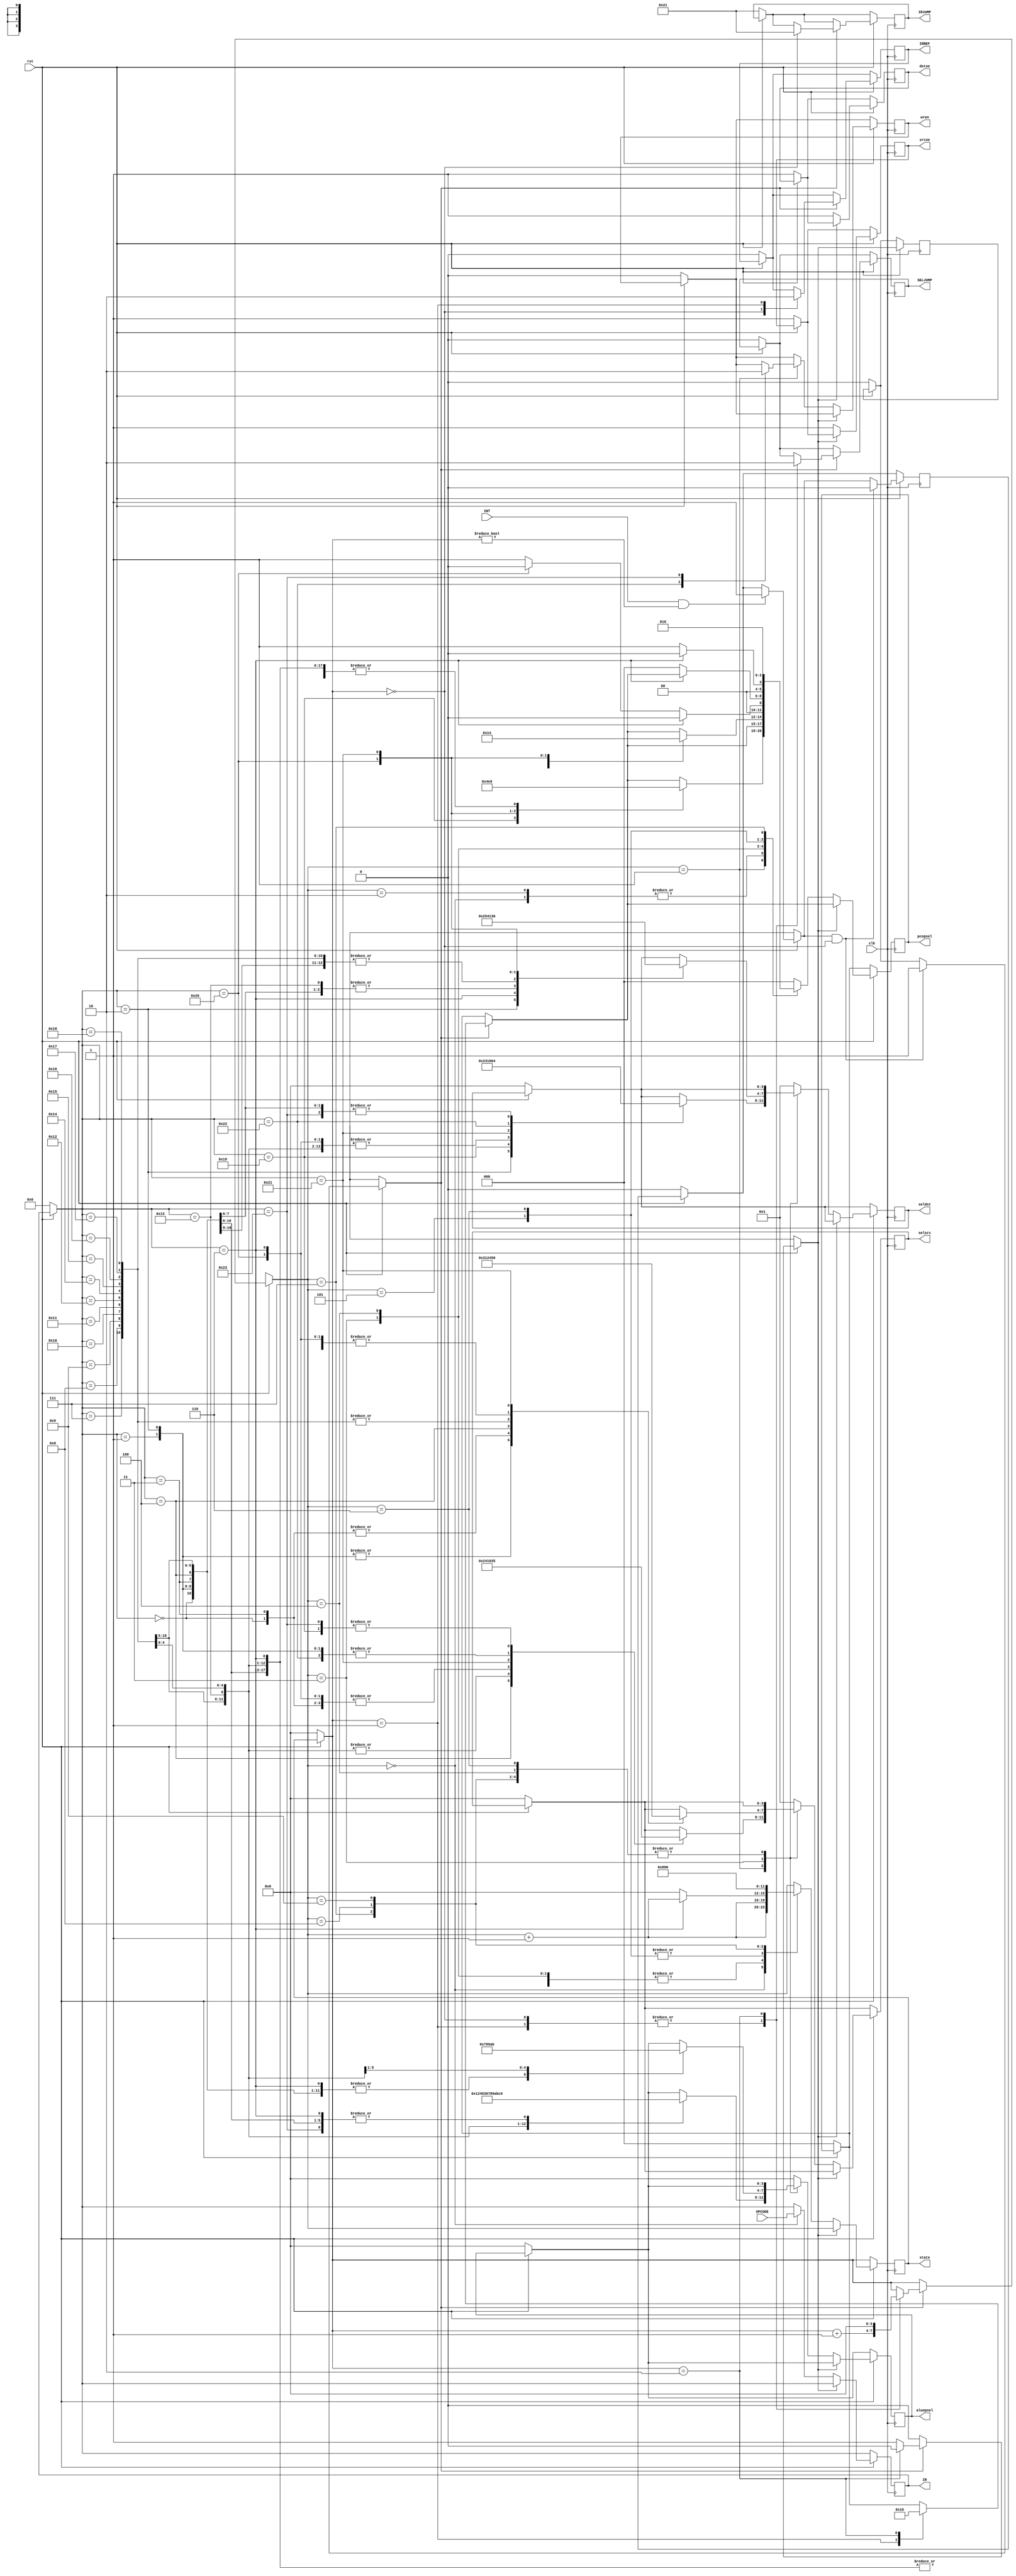
`timescale 1ns / 1ps
//////////////////////////////////////////////////////////////////////////////////
// Company: 
// Engineer: 
// 
// Design Name: 
// Module Name: IRDECODER
// Project Name: 
// Target Devices: 
// Tool Versions: 
// Description: 
// 
// Dependencies: 
// 
// Revision:
// Revision 0.01 - File Created
// Additional Comments:
// 
//////////////////////////////////////////////////////////////////////////////////


module IRDECODER(
    input wire INT,
    input wire [7:0] OPCODE,
    output reg [7:0] IRJUMP,
    output reg IRREF,
    output reg SELJUMP,
    output reg [3:0] aluopsel,
    output reg [2:0] pcopsel,
    output reg [3:0] seldst,
    output reg [3:0] selsrc,
    output reg [3:0] state,
    output reg [7:0] IR,
    output reg dstoe,
    output reg srcoe,
    output reg wren,
    input wire clk,
    input wire rst
    );

reg statex;
reg prima;


initial
begin
prima=1'b0;
state=4'h0;
IR=1'h0;
dstoe=1'b1;
srcoe=1'b1;
seldst=4'h0; 
selsrc=4'h0; 
aluopsel=4'h0; 
pcopsel=3'h0;
IRREF=1'b0;  // Stack Refresh
SELJUMP=1'b0; //MAR Selected
IRJUMP=8'd33; // Jump vector For Interrupt
statex=1'b0;
end

    
always@(posedge clk)
begin
    if(!rst) begin
             state=4'h0;
             prima=1'b0;
             IR=1'h0;
             dstoe=1'b1;
             srcoe=1'b1;
             seldst=4'h0; 
             selsrc=4'h0; 
             aluopsel=4'h0; 
             pcopsel=3'h0;
             statex=1'b0;
             IRREF=1'b0;  // Stack Refresh
             SELJUMP=1'b0; //MAR Selected
             IRJUMP=8'd33; // Jump vector For Interrupt
             wren =0;
             end 
    if(rst) begin
                 if(INT==1'b1 & state!=4'h0) begin
                         prima=1'b1;
                         end
                 if(prima==1'b1 & state==4'h0)
                    begin
                    prima=1'b0; // reset prima value
                    statex=1'b1; // primes interrupt routine to start
                    end
                 if(statex)
                 begin
                 case(state)
                 3'h0: begin
                       IRJUMP=8'd33; // Jump vector For Interrupt
                       IRREF=1'b1;  // Stack Obtain data
                       SELJUMP=1'b1; //IRJMP Selected
                       state=state+1;
                       end
                 3'h1: begin
                       IRREF=1'b0;  // Stack Refresh
                       SELJUMP=1'b1; //IRJUMP Selected
                       pcopsel=3'h2; // Load data from IRJMP to PC
                       state=state+1;
                       end
                 3'h2: begin
                       SELJUMP=1'b0; //IRJUMP Selected
                       pcopsel=3'h0; // PC Refresh
                       state=4'h0;  // Reset State
                       statex=1'b0; // Ends ISR Vector
                       end                       
                endcase
                end
                if(!statex)
                begin
                    dstoe=1'b1;
                    srcoe=1'b1;
                    case(state)
                    4'h0: begin
                          IR=OPCODE; // FETCH
                          state=state+1;
                          end
                    4'h1: begin
                          case(IR)   //DECODE PH1
                          8'h00: begin
                                 seldst=4'h1; 
                                 selsrc=4'h1; 
                                 aluopsel=4'h0; 
                                 pcopsel=3'h0; //NOP
                                 end
                          8'h01: begin
                                 seldst=4'h1; 
                                 selsrc=4'h3; 
                                 aluopsel=4'h0;   // Load A Value
                                 pcopsel=3'h0; // PC
                                 end 
                          8'h02: begin
                                 seldst=4'h2; 
                                 selsrc=4'h3;  
                                 aluopsel=4'h0; // LOAD B Value
                                 pcopsel=3'h0; // 
                                 end 
                          8'h03: begin
                                 seldst=4'h4; 
                                 selsrc=4'h1; 
                                 aluopsel=4'h0; 
                                 pcopsel=3'h0; // OUTA
                                 end  
                          8'h04: begin
                                 seldst=4'h4; 
                                 selsrc=4'h2; 
                                 aluopsel=4'h0; 
                                 pcopsel=3'h0; //OUTB
                                 end 
                          8'h06: begin // ?
                                 seldst=4'h1; 
                                 selsrc=4'h1; 
                                 aluopsel=4'h0; 
                                 pcopsel=3'h0; 
                                 end
                          8'h07: begin
                                 seldst=4'h1; 
                                 selsrc=4'h4; 
                                 aluopsel=4'h1; 
                                 pcopsel=3'h0; // ADDAB
                                 end
                          8'h08: begin // SUBAB
                                 seldst=4'h1; 
                                 selsrc=4'h4; 
                                 aluopsel=4'h2; 
                                 pcopsel=3'h0;
                                 end
                          8'h09: begin // ANDAB
                                 seldst=4'h1; 
                                 selsrc=4'h4; 
                                 aluopsel=4'h4; 
                                 pcopsel=3'h0;
                                 end
                          8'h10: begin // ORLAB
                                 seldst=4'h1; 
                                 selsrc=4'h4; 
                                 aluopsel=4'h5; 
                                 pcopsel=3'h0;
                                 end
                          8'h11: begin // NOTA
                                 seldst=4'h1; 
                                 selsrc=4'h4; 
                                 aluopsel=4'h3; 
                                 pcopsel=3'h0;
                                 end
                          8'h12: begin // XORAB
                                 seldst=4'h1; 
                                 selsrc=4'h4; 
                                 aluopsel=4'h6; 
                                 pcopsel=3'h0;
                                 end
                          8'h13: begin // ADDAL
                                 seldst=4'h1; 
                                 selsrc=4'h4; 
                                 aluopsel=4'h7; // 7 for add
                                 pcopsel=3'h0;
                                 end
                          8'h14: begin // SUBAL
                                 seldst=4'h1; 
                                 selsrc=4'h4; 
                                 aluopsel=4'h8; // 8 for sub
                                 pcopsel=3'h0;
                                 end
                          8'h15: begin // NOTL
                                 seldst=4'h1; 
                                 selsrc=4'h4; 
                                 aluopsel=4'h9; // 9 for not
                                 pcopsel=3'h0;
                                 end
                          8'h16: begin // ANDAL
                                 seldst=4'h1; 
                                 selsrc=4'h4; 
                                 aluopsel=4'hA; // A for and
                                 pcopsel=3'h0;
                                 end 
                          8'h17: begin // ORAL
                                 seldst=4'h1; 
                                 selsrc=4'h4; 
                                 aluopsel=4'hB; // B for OR
                                 pcopsel=3'h0;
                                 end
                          8'h18: begin // XORAL
                                 seldst=4'h1; 
                                 selsrc=4'h4; 
                                 aluopsel=4'hC; // C for XOR
                                 pcopsel=3'h0;
                                 end
                          8'h19: begin  // JMP
                                 seldst=4'h3; 
                                 selsrc=4'h5; 
                                 pcopsel=3'h2;
                                 end
                          8'h20: begin  // CALL
                                 seldst=4'h1; 
                                 selsrc=4'h1; 
                                 pcopsel=3'h3; // store pc to stack
                                 end 
                          8'h21: begin // RETURN
                                 seldst=4'h0; 
                                 selsrc=4'h0; 
                                 pcopsel=3'h4;
                                 end 
                          8'h22: begin //      LOAD TO RAM
                                 seldst=4'h6; 
                                 selsrc=4'h3; 
                                 pcopsel=3'h0;
                                 wren = 1;
                                 end   
                          8'h23: begin //      READ FROM RAM
                                 seldst=4'h4; 
                                 selsrc=4'h5; 
                                 pcopsel=3'h0;
                                 aluopsel=4'h0;
                                 wren = 0;
                                 end                    
                          endcase
                            state=state+8'h01;
                          end
                     4'h2: begin
                            state=state+8'h01;
                           end
                     4'h3: begin
                          case(IR) // EXECUTE PH2
                          8'h00: begin
                                 seldst=4'h1; 
                                 selsrc=4'h1; 
                                 aluopsel=4'h0; 
                                 pcopsel=3'h0;
                                end
                          8'h01: begin
                                 seldst=4'h1; 
                                 selsrc=4'h3; 
                                 aluopsel=4'h0; 
                                 pcopsel=3'h0; // A<-INR
                                 end
                          8'h02: begin
                                 seldst=4'h2; 
                                 selsrc=4'h3; 
                                 aluopsel=4'h0; 
                                 pcopsel=3'h0; // B<-INR
                                 end
                          8'h03: begin
                                 seldst=4'h4; 
                                 selsrc=4'h1; 
                                 aluopsel=4'h0; 
                                 pcopsel=3'h0; // OUTA
                                 end  
                          8'h04: begin
                                 seldst=4'h4; 
                                 selsrc=4'h2; 
                                 aluopsel=4'h0; 
                                 pcopsel=3'h0; //OUTB
                                 end 
                          8'h06: begin
                                 seldst=4'h5; 
                                 selsrc=4'h5; 
                                 aluopsel=4'h0; 
                                 pcopsel=3'h0; // MAR<-MBR
                                 end
                          8'h07: begin
                                 seldst=4'h1;
                                 selsrc=4'h4; 
                                 aluopsel=4'h0;  // previously 1 // load ALU only
                                 pcopsel=3'h0; // ADDAB
                                 end
                          8'h08: begin         // SUBAB
                                 seldst=4'h1;  
                                 selsrc=4'h4;  
                                 aluopsel=4'h0;
                                 pcopsel=3'h0; 
                                 end           
                          8'h09: begin         
                                 seldst=4'h1;  
                                 selsrc=4'h4;  
                                 aluopsel=4'h0;
                                 pcopsel=3'h0; 
                                 end           // ANDAB                       
                          8'h10: begin         
                                 seldst=4'h1;  
                                 selsrc=4'h4;  
                                 aluopsel=4'h0;
                                 pcopsel=3'h0; 
                                 end           // ORLAB
                          8'h11: begin         
                                 seldst=4'h1;  
                                 selsrc=4'h4;  
                                 aluopsel=4'h0;
                                 pcopsel=3'h0; 
                                 end           // NOTA
                          8'h12: begin         // XORAB
                                 seldst=4'h1;  
                                 selsrc=4'h4;  
                                 aluopsel=4'h0;
                                 pcopsel=3'h0; 
                                 end
                          8'h13: begin // ADDAL
                                 seldst=4'h4; 
                                 selsrc=4'h5; 
                                 aluopsel=4'h7; // 7 for add
                                 pcopsel=3'h0;
                                 end
                          8'h14: begin // SUBAL
                                 seldst=4'h1; 
                                 selsrc=4'h4; 
                                 aluopsel=4'h8; // 8 for sub
                                 pcopsel=3'h0;
                                 end
                          8'h15: begin // NOTL
                                 seldst=4'h1; 
                                 selsrc=4'h4; 
                                 aluopsel=4'h9; // 9 for not
                                 pcopsel=3'h0;
                                 end
                          8'h16: begin // ANDAL
                                 seldst=4'h1; 
                                 selsrc=4'h4; 
                                 aluopsel=4'hA; // A for and
                                 pcopsel=3'h0;
                                 end 
                          8'h17: begin // ORAL
                                 seldst=4'h1; 
                                 selsrc=4'h4; 
                                 aluopsel=4'hB; // B for OR
                                 pcopsel=3'h0;
                                 end
                          8'h18: begin // XORAL
                                 seldst=4'h1; 
                                 selsrc=4'h4; 
                                 pcopsel=3'h0;
                                 end  
                          8'h20: begin  // CALL
                                 seldst=4'h3; // store literal to PC (JMP)
                                 selsrc=4'h5; 
                                 pcopsel=3'h2; // load PC
                                 end                                  
                          8'h21: begin // RETURN
                                 seldst=4'h0; 
                                 selsrc=4'h0; 
                                 pcopsel=3'h4;
                                 end                            
                          endcase                  
                          state=state+8'h01;
                          end     
                     4'h4: if(IR==8'h06) begin
                                             pcopsel=3'h0;
                                             state=state+8'h01;
                                          end
                            else
                                  begin
                                       if (IR==8'h20) begin
                                             pcopsel=3'h0; 
                                           state=state+8'h01;
                                       end
                                       else begin
                                           pcopsel=3'h1;
                                           state=state+8'h01;
                                       end
                                       
                                       
                                  end
                     4'h5: begin
                            if(IR==8'h06) begin 
                                         state=state+1;
                                         end// PC<-MAR
                            else
                                begin                         
                                    pcopsel=3'h0;
                                    state=8'h0;
                                end
                            end
                     4'h6:  if(IR==8'h06) begin
                                            pcopsel=3'h0; 
                                            state=state+1;
                                          end
                            else  
                                           begin
                                             pcopsel=3'h1; 
                                             state=4'h0;
                                           end
                     4'h7:  begin
                             pcopsel=3'h2; 
                             state=4'h8;
                            end
                     4'h8:  begin
                              pcopsel=3'h0; 
                              state=8'h9;
                            end
                     4'h9:  begin
                            //   IR=OPCODE;
                               pcopsel=3'h0; 
                               state=8'h0;
                             end
                     default: begin
                              seldst=4'h1;
                              selsrc=4'h1; 
                              aluopsel=4'h0; 
                              pcopsel=3'h0;
                              end
                     endcase
                 end
             end
             
end

endmodule